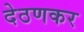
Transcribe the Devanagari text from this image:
देठणकर